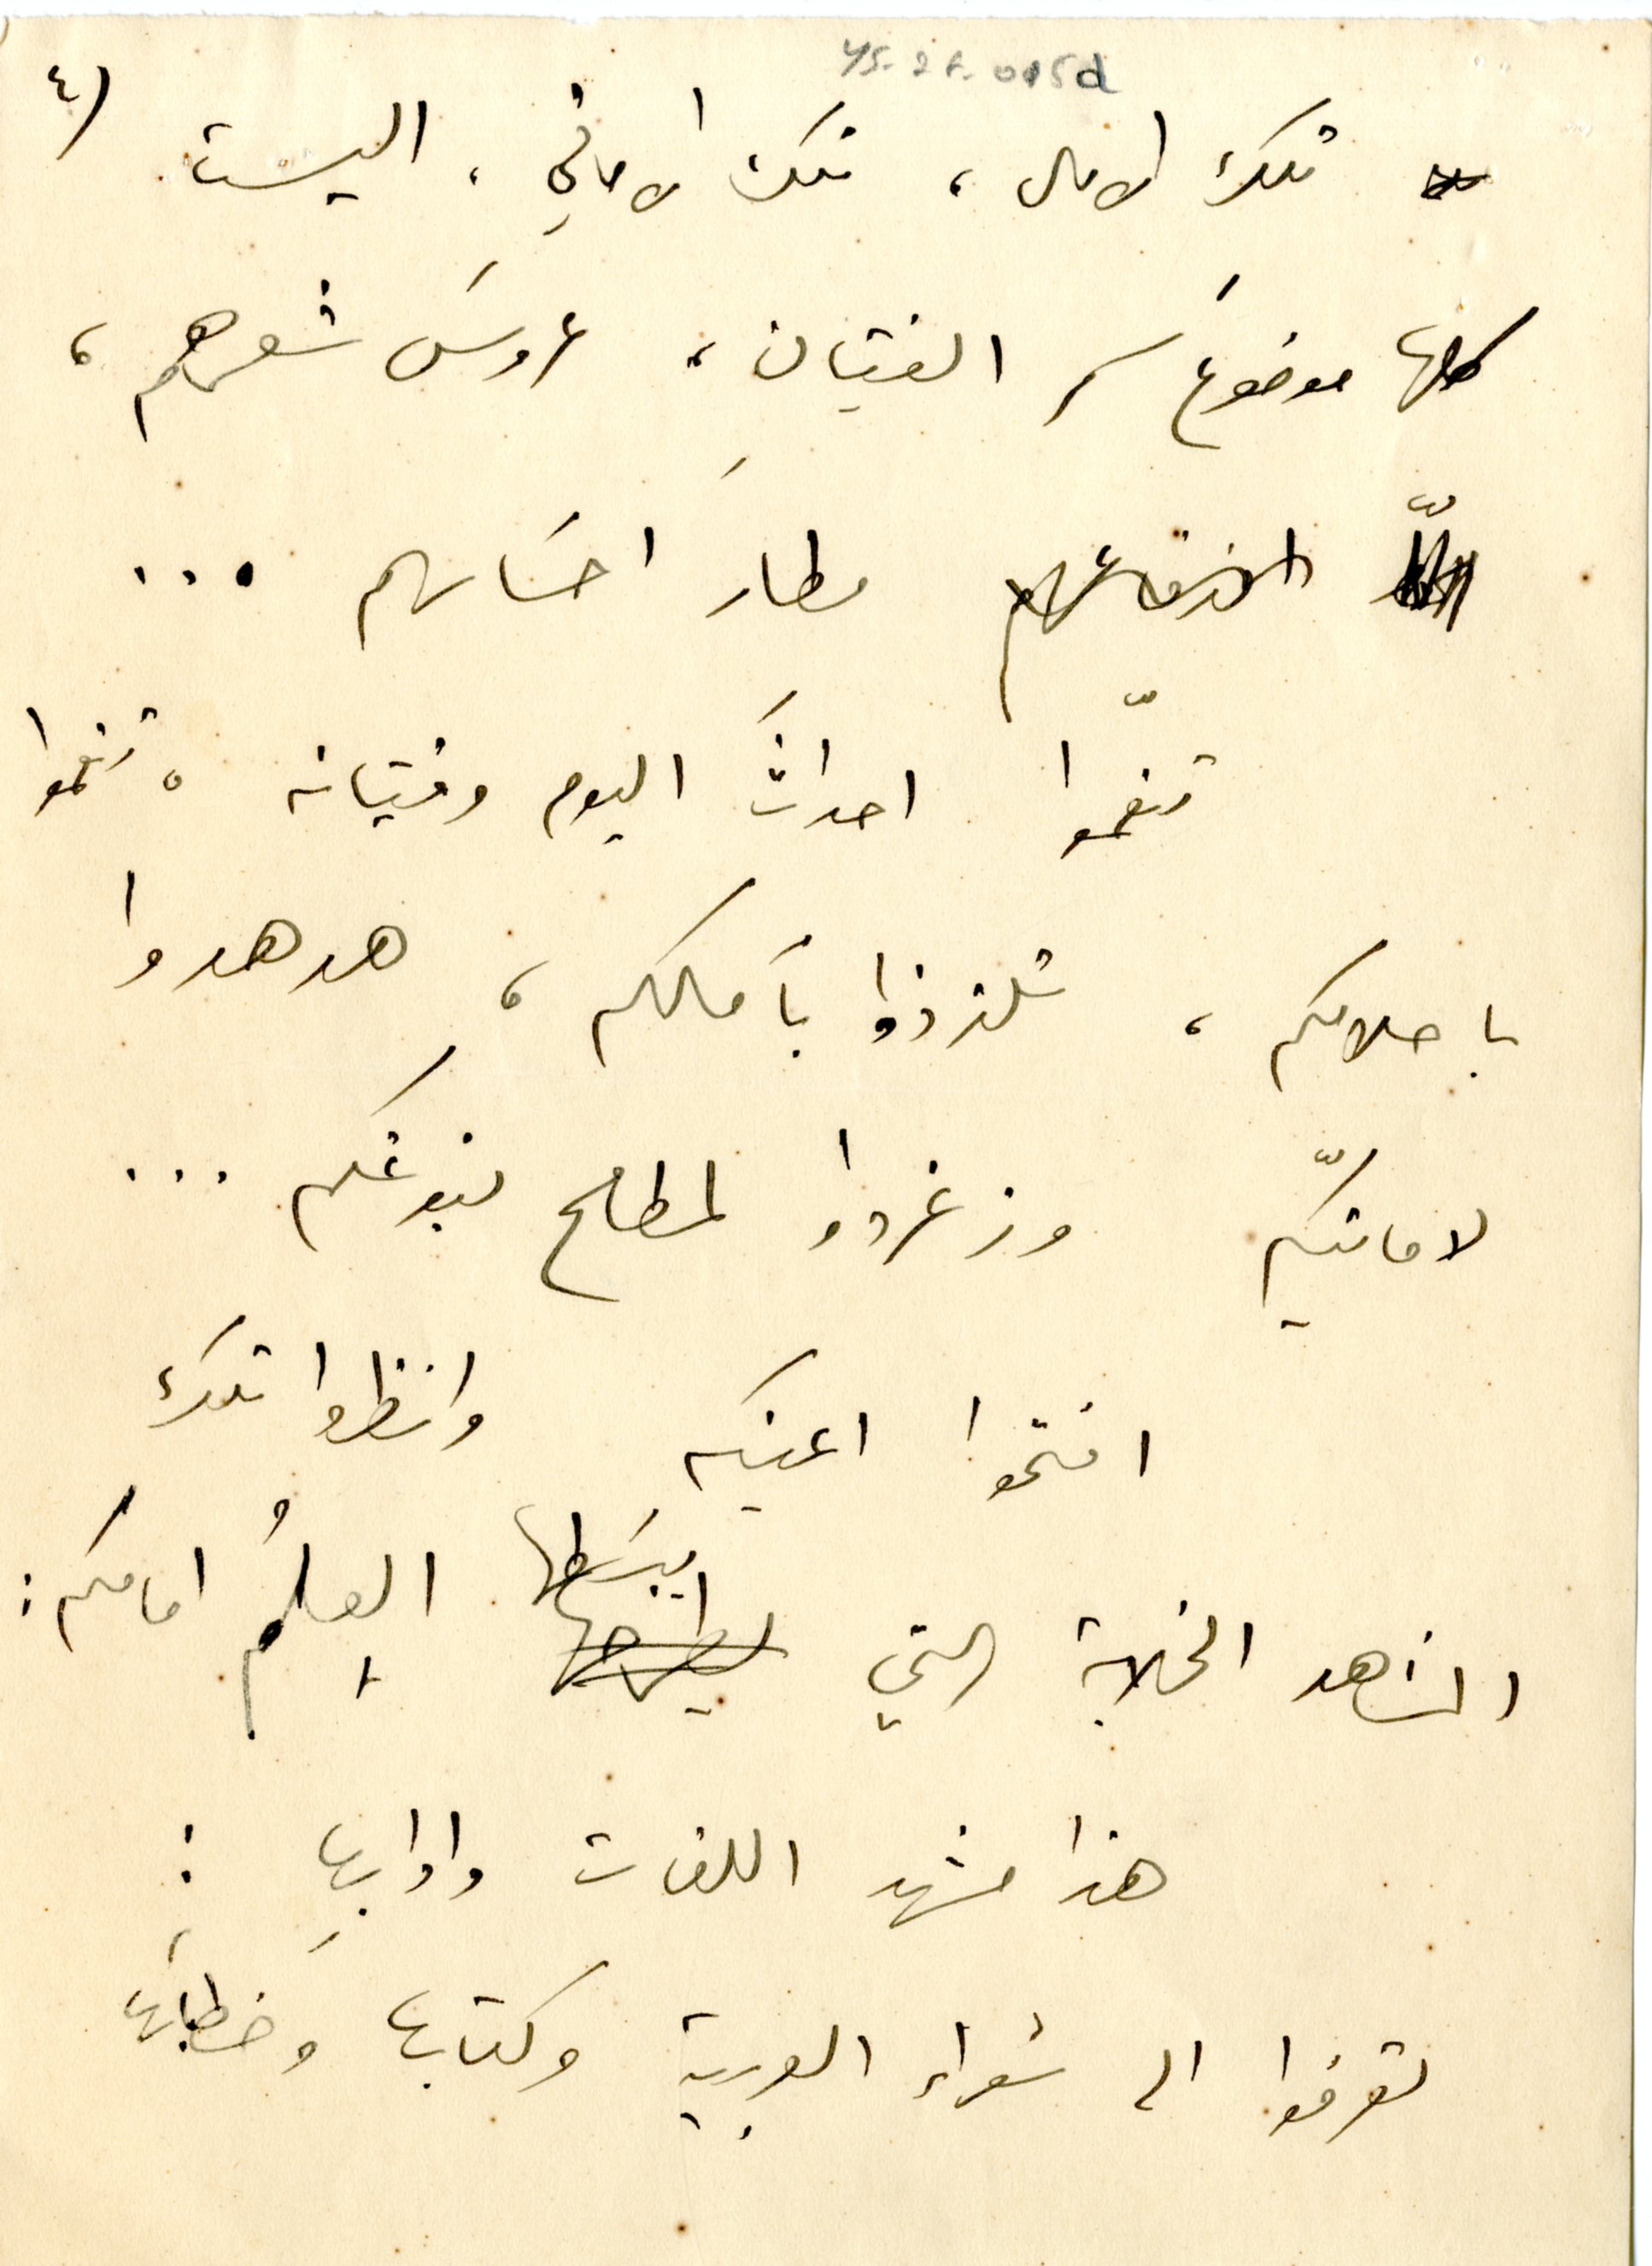
٤	YS_2F_015d
تلك الامال، تلك الاماني، اليست
كلها موضوعَ سحر الفتيان، عروسَ شعرهم،
مطارَ احسَاسهم ...
تنعّموا احداثَ اليوم وفتيانه، تنعموا
باحلامكم، تلذذوا بآمالكم، هدهدوا
لامانيّكم وزغردوا لمطالع نبوغكم ...
افتحوا اعينكم وانظروا تلك
المشاهد الخلابة التي يبسَطها العِلمُ امامكم :
هذا مشهد اللغات وادابِها :
تعرفوا الى شعراء العربية وكتابها وخطابَها